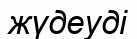
жүдеуді